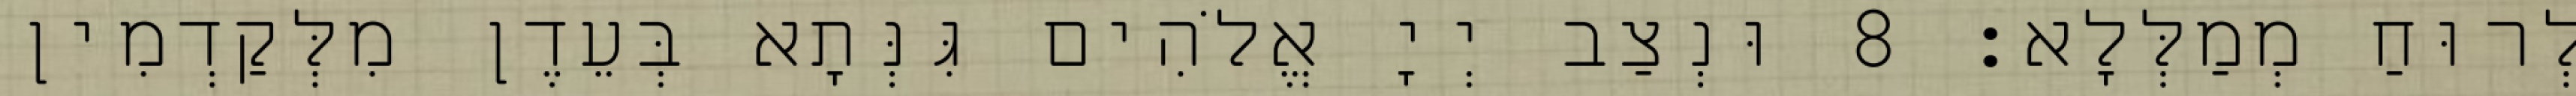
לְרוּחַ מְמַלְּלָא׃ 8 וּנְצַב יְיָ אֱלֹהִים גִּנְּתָא בְּעֵדֶן מִלְּקַדְמִין